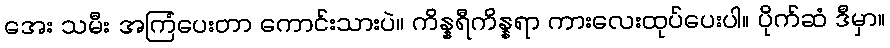
အေး သမီး အကြံပေးတာ ကောင်းသားပဲ။ ကိန္နရီကိန္နရာ ကားလေးထုပ်ပေးပါ။ ပိုက်ဆံ ဒီမှာ။